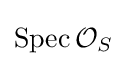
\operatorname {Spec} {\mathcal {O}}_{S}